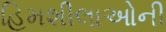
હિમશીલાઓની